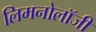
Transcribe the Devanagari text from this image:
लिमनोलॉजी